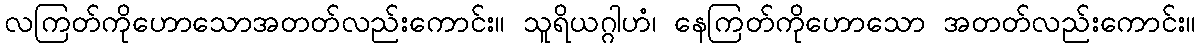
လကြတ်ကိုဟောသောအတတ်လည်းကောင်း။ သူရိယဂ္ဂါဟံ၊ နေကြတ်ကိုဟောသော အတတ်လည်းကောင်း။